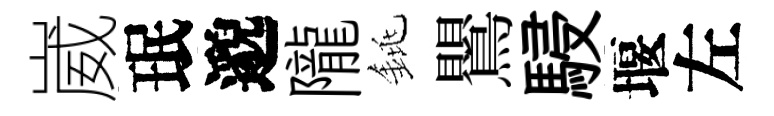
崴珉邈隴銚鸎駸堰左